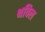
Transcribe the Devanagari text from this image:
थविल